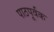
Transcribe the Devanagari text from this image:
पाठपूर्वक